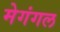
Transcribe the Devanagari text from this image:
मेगंगल